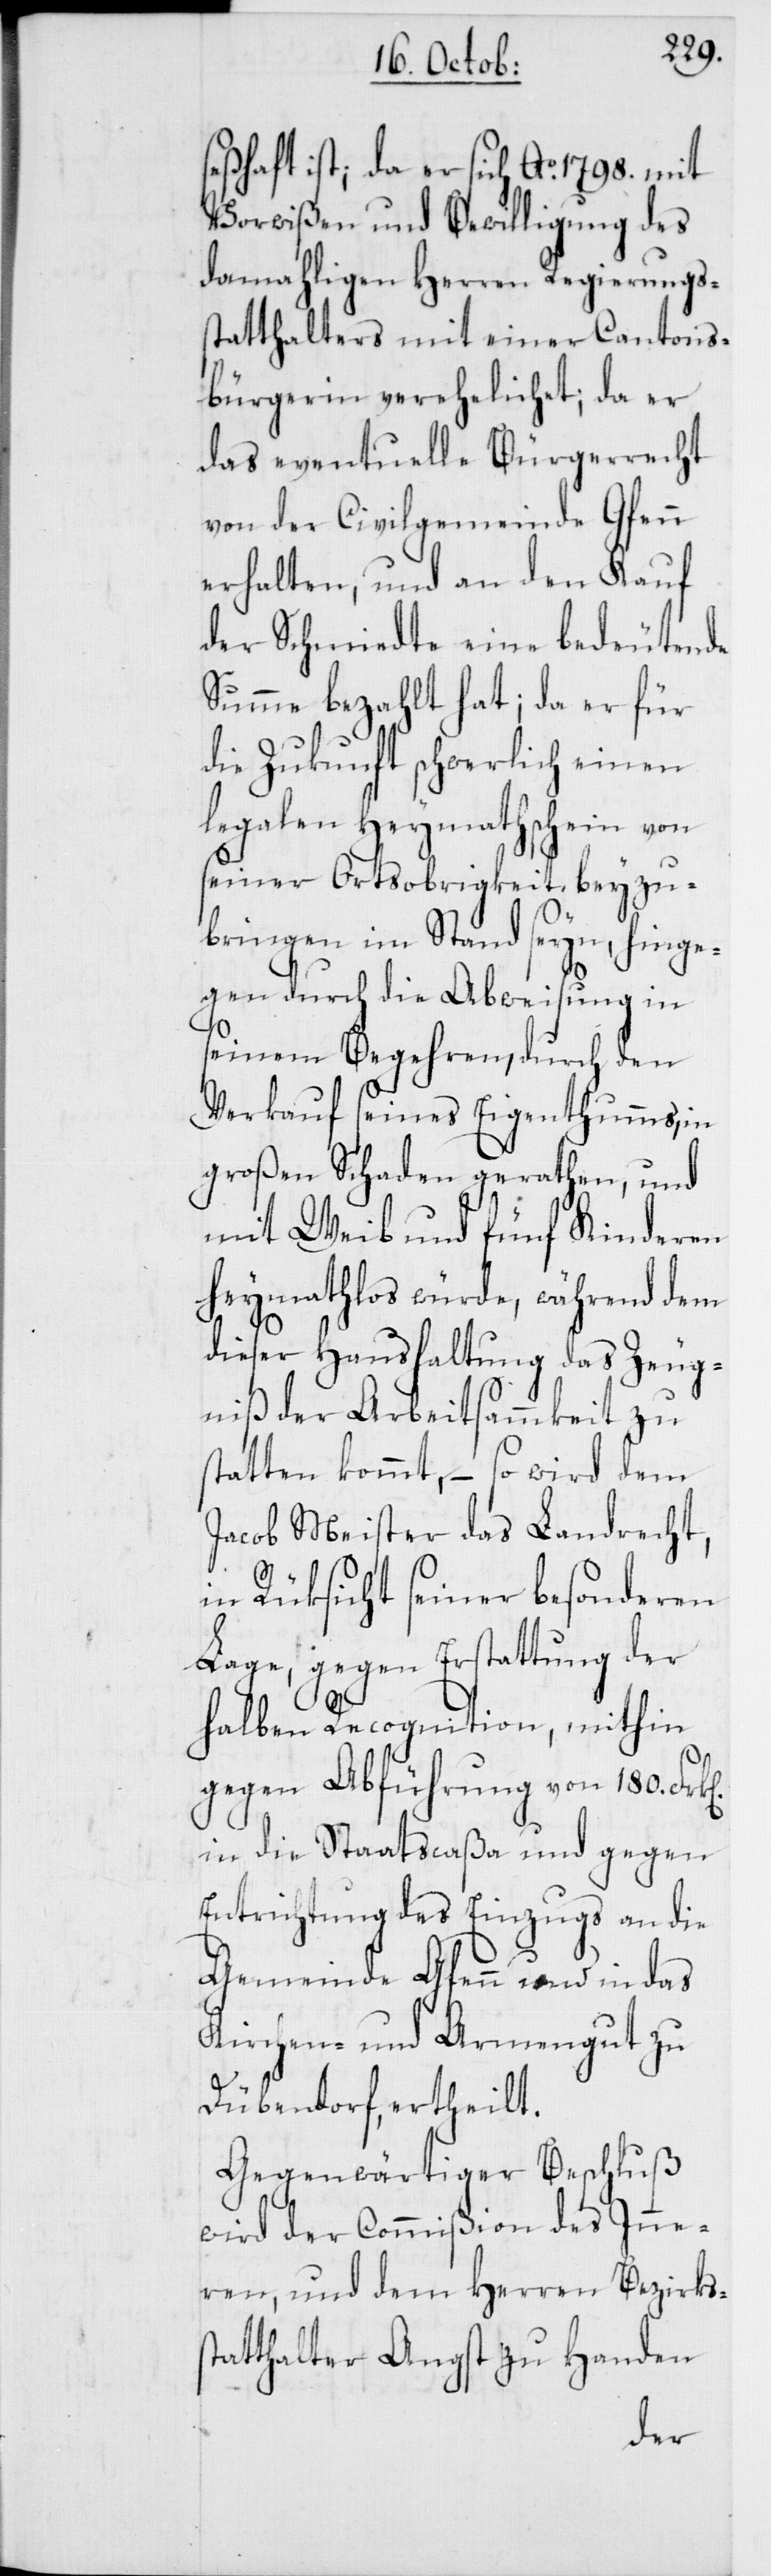
seßhaft ist; da er sich Ao 1798. mit
Vorwißen und Bewilligung des
damahligen Herren Regierungß¬
tatthalters mit einer Cantons¬
bürgerin verehelichet; da er
das eventuelle Bürgerrecht
von der Civilgemeinde Gfenn
erhalten, und an den Kauf
der Schmiedte eine bedeutende
Summe bezahlt hat; da er für
die Zukunft schwerlich einen
legalen Heymathschein von
seiner Ortsobrigkeit beyzu¬
bringen imstand seyn, hinge¬
gen durch die Abweisung in
seinem Begehren, durch den
Verkauf seines Eigenthumms, in
großen Schaden gerathen, und
mit Weib und fünf Kinderen
heymathlos würde, während dem
dieser Haushaltung das Zeug¬
niß der Arbeitsammkeit zu
statten kommt, – so wird dem
Jacob Meister das Landrecht,
in Rüksicht seiner besonderen
Lage, gegen Erstattung der
halben Recognition, mithin
gegen Abführung von 180.
in die Staatscaßa und gegen
Entrichtung des Einzugs an die
Gemeinde Gfenn und in das
Kirchen- und Armengut zu
s¬
Dübendorf, ertheilt.
Gegenwärtiger Beschluß
wird der Commißion des Inne¬
ren, und dem Herren Bezirks¬
tatthalter Angst zu Handen